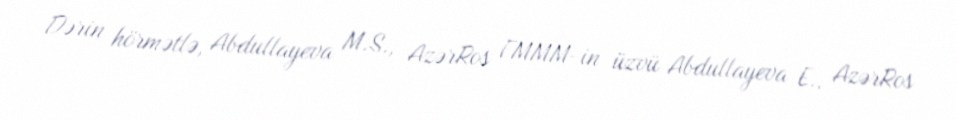
Dərin hörmətlə, Abdullayeva M.S., AzərRos FMMM-in üzvü Abdullayeva E., AzərRos